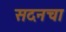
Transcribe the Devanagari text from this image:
सदनचा